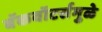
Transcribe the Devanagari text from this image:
बॅकवॉटर्समुळे